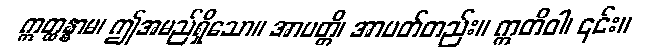
ဣတ္ထန္နာမ၊ ဤအမည်ရှိသော။ အာပတ္တိ၊ အာပတ်တည်း။ ဣတိဝါ၊ ၎င်း။